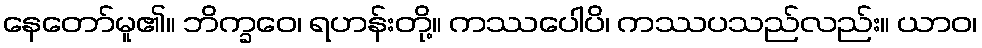
နေတော်မူ၏။ ဘိက္ခဝေ၊ ရဟန်းတို့။ ကဿပေါပိ၊ ကဿပသည်လည်း။ ယာဝ၊